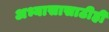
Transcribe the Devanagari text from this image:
अभ्यासासाठीही